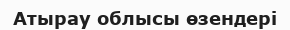
Атырау облысы өзендері